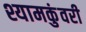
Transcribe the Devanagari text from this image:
श्यामकुंवरी